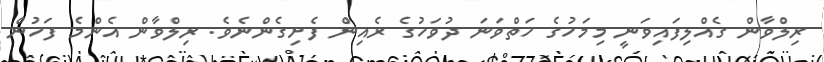
ރިލްވާން ގެއްލިފައިވަނީ މިމަހުގެ ހަތްވަނަ ދުވަހުގެ ރެއިން ފެށިގެންނެވެ. ރިލްވާން އެންމެ ފަހުން